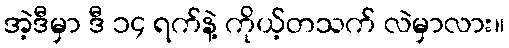
အဲ့ဒီမှာ ဒီ ၁၄ ရက်နဲ့ ကိုယ့်တသက် လဲမှာလား။